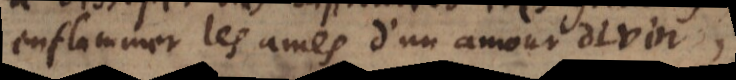
enflammer les ames d’un amour divin,